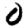
Digit: 0